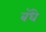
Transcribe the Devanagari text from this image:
बॅधे